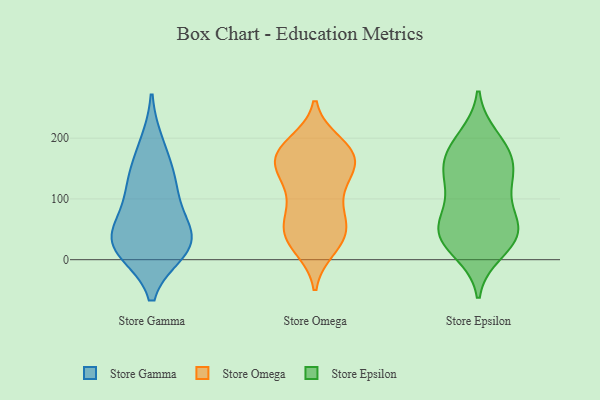
{"axis": {"x": "Gross Profit (USD K)", "y": "Value"}, "legend": ["Store Epsilon", "Store Gamma", "Store Omega"], "data": [{"x": "", "y": 21, "type": "Store Gamma"}, {"x": "", "y": 102, "type": "Store Gamma"}, {"x": "", "y": 38, "type": "Store Gamma"}, {"x": "", "y": 126, "type": "Store Gamma"}, {"x": "", "y": 33, "type": "Store Gamma"}, {"x": "", "y": 64, "type": "Store Gamma"}, {"x": "", "y": 15, "type": "Store Gamma"}, {"x": "", "y": 190, "type": "Store Gamma"}, {"x": "", "y": 144, "type": "Store Gamma"}, {"x": "", "y": 22, "type": "Store Gamma"}, {"x": "", "y": 137, "type": "Store Omega"}, {"x": "", "y": 115, "type": "Store Omega"}, {"x": "", "y": 129, "type": "Store Omega"}, {"x": "", "y": 172, "type": "Store Omega"}, {"x": "", "y": 171, "type": "Store Omega"}, {"x": "", "y": 84, "type": "Store Omega"}, {"x": "", "y": 44, "type": "Store Omega"}, {"x": "", "y": 190, "type": "Store Omega"}, {"x": "", "y": 176, "type": "Store Omega"}, {"x": "", "y": 39, "type": "Store Omega"}, {"x": "", "y": 173, "type": "Store Omega"}, {"x": "", "y": 42, "type": "Store Omega"}, {"x": "", "y": 28, "type": "Store Omega"}, {"x": "", "y": 172, "type": "Store Omega"}, {"x": "", "y": 173, "type": "Store Omega"}, {"x": "", "y": 66, "type": "Store Omega"}, {"x": "", "y": 66, "type": "Store Omega"}, {"x": "", "y": 143, "type": "Store Omega"}, {"x": "", "y": 21, "type": "Store Omega"}, {"x": "", "y": 174, "type": "Store Epsilon"}, {"x": "", "y": 34, "type": "Store Epsilon"}, {"x": "", "y": 189, "type": "Store Epsilon"}, {"x": "", "y": 200, "type": "Store Epsilon"}, {"x": "", "y": 126, "type": "Store Epsilon"}, {"x": "", "y": 35, "type": "Store Epsilon"}, {"x": "", "y": 153, "type": "Store Epsilon"}, {"x": "", "y": 165, "type": "Store Epsilon"}, {"x": "", "y": 61, "type": "Store Epsilon"}, {"x": "", "y": 40, "type": "Store Epsilon"}, {"x": "", "y": 76, "type": "Store Epsilon"}, {"x": "", "y": 61, "type": "Store Epsilon"}, {"x": "", "y": 122, "type": "Store Epsilon"}, {"x": "", "y": 14, "type": "Store Epsilon"}, {"x": "", "y": 135, "type": "Store Epsilon"}, {"x": "", "y": 40, "type": "Store Epsilon"}]}